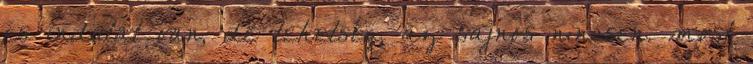
és indulat van, de tehetség, az sajnos nincsen. most